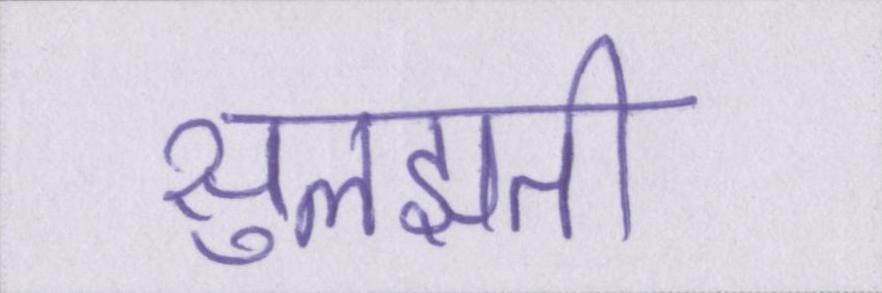
सुलझती